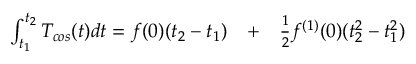
\begin{array} { r l r } { \int _ { t _ { 1 } } ^ { t _ { 2 } } T _ { c o s } ( t ) d t = f ( 0 ) ( t _ { 2 } - t _ { 1 } ) } & { { } + } & { \frac { 1 } { 2 } f ^ { ( 1 ) } ( 0 ) ( t _ { 2 } ^ { 2 } - t _ { 1 } ^ { 2 } ) } \end{array}